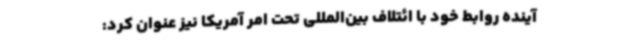
آینده روابط خود با ائتلاف بین‌المللی تحت امر آمریکا نیز عنوان کرد: